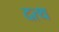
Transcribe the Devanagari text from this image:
दत्थ